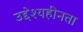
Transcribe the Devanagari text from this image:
उद्देश्यहीनता